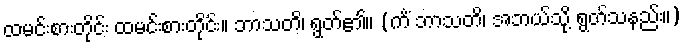
ထမင်းစားတိုင်း ထမင်းစားတိုင်း။ ဘာသတိ၊ ရွတ်၏။ (ကိံ ဘာသတိ၊ အဘယ်သို့ ရွတ်သနည်း။)